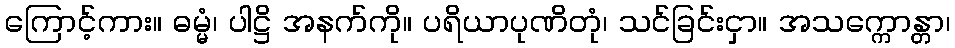
ကြောင့်ကား။ ဓမ္မံ၊ ပါဋ္ဌိ အနက်ကို။ ပရိယာပုဏိတုံ၊ သင်ခြင်းငှာ။ အသက္ကောန္တာ၊